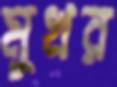
মুখর